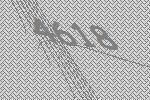
4618